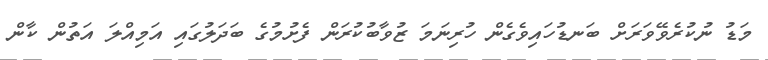
މަޑު ނުކުރެވޭވަރަށް ބަނޑުހައިވެގެން ހުރިނަމަ ޒުވާބުކުރަން ފެށުމުގެ ބަދަލުގައި އަމިއްލަ އަތުން ކާން